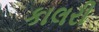
કાલરી